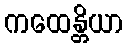
ကထေန္တိယာ